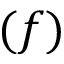
( f )